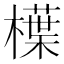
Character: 𣜿